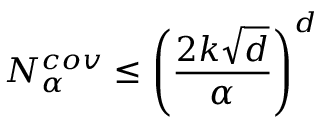
N _ { \alpha } ^ { c o v } \leq \left( \frac { 2 k \sqrt { d } } { \alpha } \right) ^ { d }